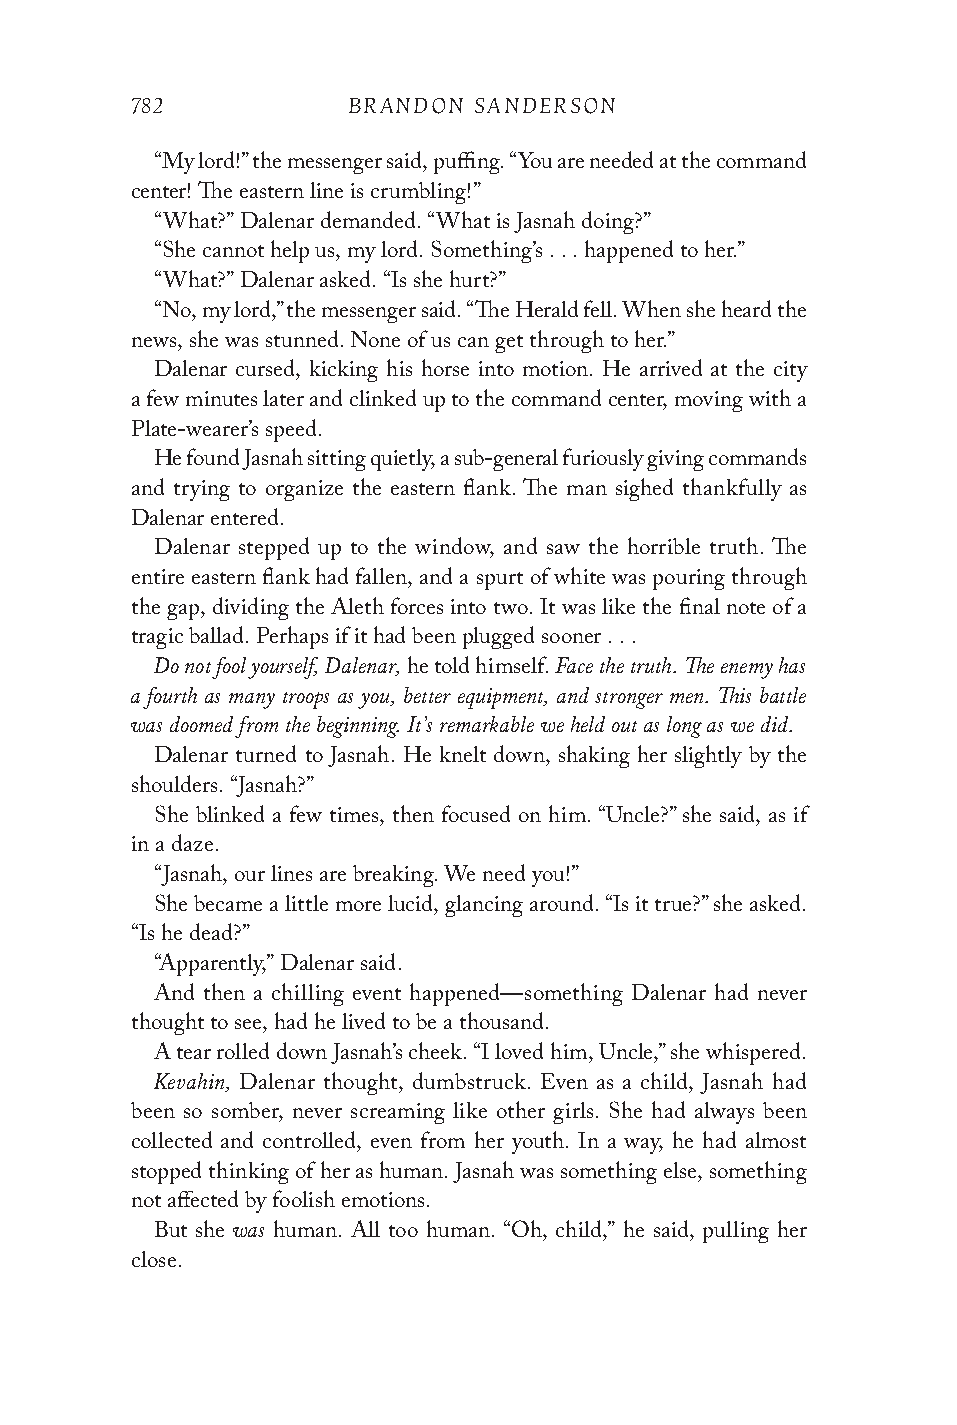
782           BRANDON SANDERSON
 “My lord!” the messenger said, puffing. “You are needed at the command
 center! The eastern line is crumbling!”
 “What?” Dalenar demanded. “What is Jasnah doing?”
 “She cannot help us, my lord. Something’s . . . happened to her.”
 “What?” Dalenar asked. “Is she hurt?”
 “No, my lord,” the messenger said. “The Herald fell. When she heard the
 news, she was stunned. None of us can get through to her.”
 Dalenar cursed, kicking his horse into motion. He arrived at the city
 a few minutes later and clinked up to the command center, moving with a
 Plate-wearer’s speed.
 He found Jasnah sitting quietly, a sub-general furiously giving commands
 and trying to organize the eastern flank. The man sighed thankfully as
 Dalenar entered.
 Dalenar stepped up to the window, and saw the horrible truth. The
 entire eastern flank had fallen, and a spurt of white was pouring through
 the gap, dividing the Aleth forces into two. It was like the final note of a
 tragic ballad. Perhaps if it had been plugged sooner . . .
 Do not fool yourself, Dalenar, Face the truth. The enemy has
 he told himself.
 a fourth as many troops as you, better equipment, and stronger men. This battle
 was doomed from the beginning. It’s remarkable we held out as long as we did.
 Dalenar turned to Jasnah. He knelt down, shaking her slightly by the
 shoulders. “Jasnah?”
 She blinked a few times, then focused on him. “Uncle?” she said, as if
 in a daze.
 “Jasnah, our lines are breaking. We need you!”
 She became a little more lucid, glancing around. “Is it true?” she asked.
 “Is he dead?”
 “Apparently,” Dalenar said.
 And then a chilling event happened—something Dalenar had never
 thought to see, had he lived to be a thousand.
 A tear rolled down Jasnah’s cheek. “I loved him, Uncle,” she whispered.
 Kevahin,
 Dalenar thought, dumbstruck. Even as a child, Jasnah had
 been so somber, never screaming like other girls. She had always been
 collected and controlled, even from her youth. In a way, he had almost
 stopped thinking of her as human. Jasnah was something else, something
 not affected by foolish emotions.
 was
 But she human. All too human. “Oh, child,” he said, pulling her
 close.